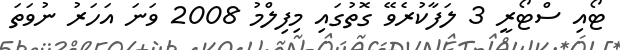
ޓޯއި ސްޓޯރީ 3 ލަފާކުރެވޭ ގޮތުގައި މިފިލްމު 2008 ވަނަ އަހަރު ނުވަތަ